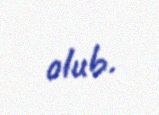
olub.